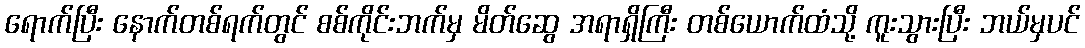
ရောက်ပြီး နောက်တစ်ရက်တွင် စစ်ကိုင်းဘက်မှ မိတ်ဆွေ အရာရှိကြီး တစ်ယောက်ထံသို့ ကူးသွားပြီး ဘယ်မှပင်